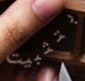
بتثبيت